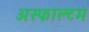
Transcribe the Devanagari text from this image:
अस्फाल्टम